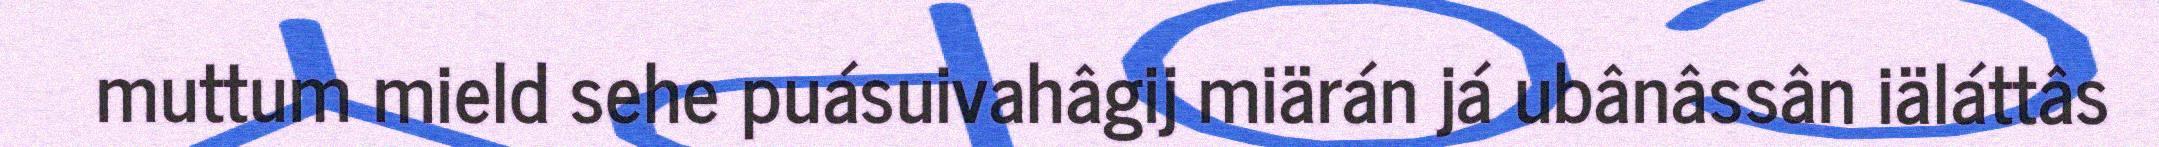
muttum mield sehe puásuivahâgij miärán já ubânâssân iäláttâs